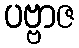
ပဗ္ဗာဇ